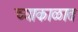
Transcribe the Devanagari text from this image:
च्याकाळात